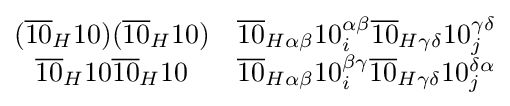
{\begin{matrix}({\overline {10}}_{H}10)({\overline {10}}_{H}10)&{\overline {10}}_{H\alpha \beta }10_{i}^{\alpha \beta }{\overline {10}}_{H\gamma \delta }10_{j}^{\gamma \delta }\\{\overline {10}}_{H}10{\overline {10}}_{H}10&{\overline {10}}_{H\alpha \beta }10_{i}^{\beta \gamma }{\overline {10}}_{H\gamma \delta }10_{j}^{\delta \alpha }\end{matrix}}